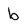
Character: b